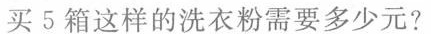
买5箱这样的洗衣粉需要多少元?